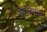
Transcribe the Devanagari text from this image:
नोरपाइनफ्रीन